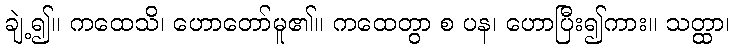
ချဲ့၍။ ကထေသိ၊ ဟောတော်မူ၏။ ကထေတွာ စ ပန၊ ဟောပြီး၍ကား။ သတ္ထာ၊